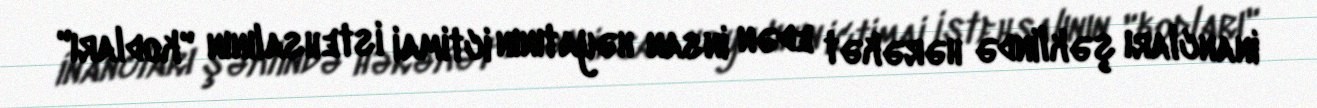
inancları şəklində hərəkət edən insan həyatının ictimai istehsalının "kodları"